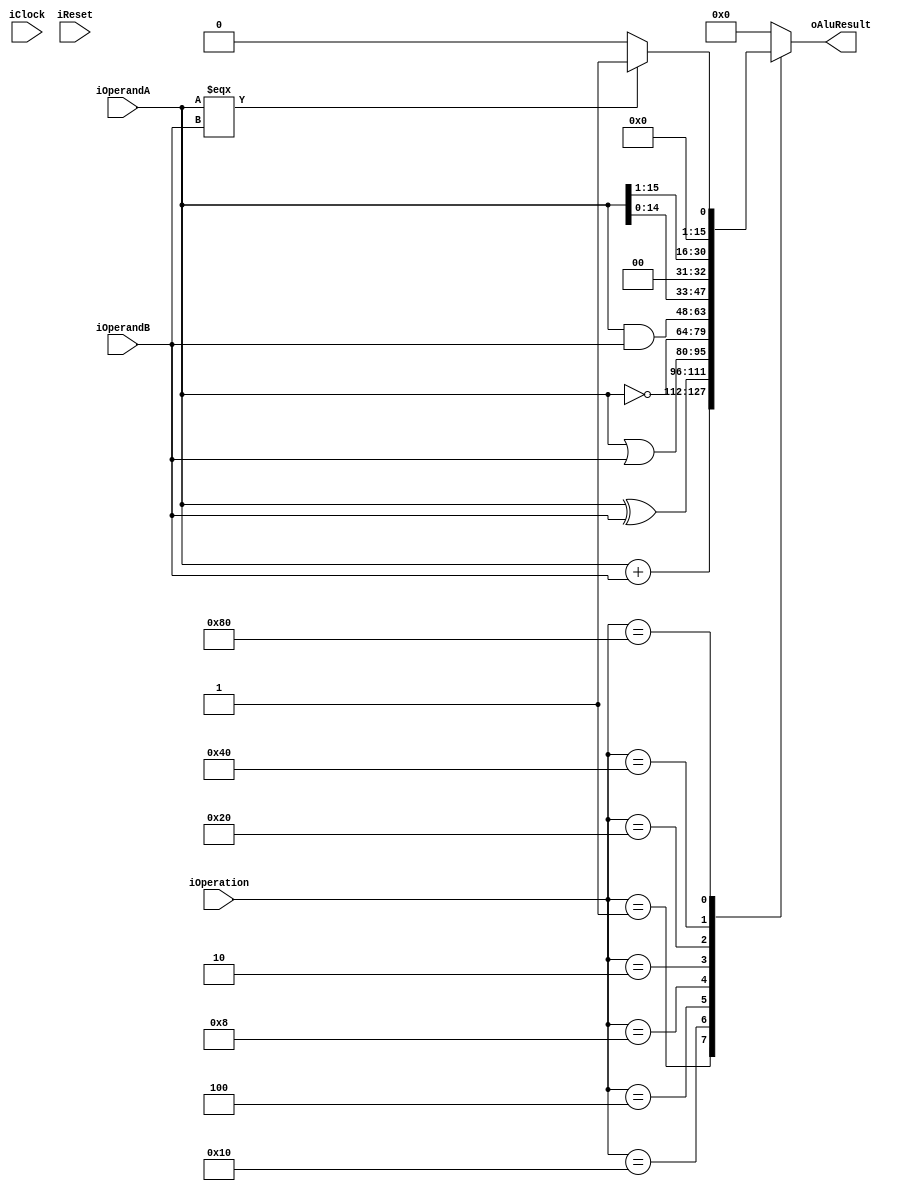
//embertrail ALU

//ALU OP one hot code
`define ALU_ADD 8'b00000001
`define ALU_AND 8'b00000010
`define ALU_OR  8'b00000100
`define ALU_NOT 8'b00001000
`define ALU_XOR 8'b00010000
`define ALU_SL  8'b00100000
`define ALU_SR  8'b01000000
`define ALU_CMP 8'b10000000

`define TRUE   16'h0001
`define FALSE  16'h0000

module alu (
  input wire iClock,
  input wire iReset,
  
  input wire [15:0] iOperandA,
  input wire [15:0] iOperandB,
  
  input wire [7:0] iOperation,
  
  output wire [15:0] oAluResult
  
);

  reg [15:0]
    aluOutput_d,
	 aluOutput_q;
	 
  assign oAluResult = aluOutput_d;
  
  always@* begin
    case (iOperation)
      `ALU_ADD:
        begin
  	       aluOutput_d = iOperandA + iOperandB;  
        end
      `ALU_XOR:
  	      begin
  	        aluOutput_d = iOperandA ^ iOperandB;
  	      end
      `ALU_OR:
  	      begin
  	        aluOutput_d = iOperandA | iOperandB;
  	      end
  	   `ALU_NOT:
  	       begin
  		      aluOutput_d = ~iOperandA;
  		    end
  	   `ALU_AND:
  	       begin
  		      aluOutput_d = iOperandA & iOperandB;
  		    end
  		`ALU_SL:
  	     begin
  		    aluOutput_d = iOperandA << 1;
  		  end
  		`ALU_SR:
  	     begin			
  		    aluOutput_d = iOperandA >> 1;
  		  end
  		`ALU_CMP:
  	     begin
  		    if (iOperandA === iOperandB) begin
  		      aluOutput_d = `TRUE;
  		    end
  		    else begin
  		      aluOutput_d = `FALSE;
  		    end
  		  end
  	 default:	    
  	   begin
  	     aluOutput_d = `FALSE;
      end	
  endcase
  
  end
  
  always@(posedge iClock) begin
	 if (iReset) begin
	   aluOutput_q <= 0;
	 end
	 else begin		  
	   aluOutput_q <= aluOutput_d;
	 end
  end
  
endmodule